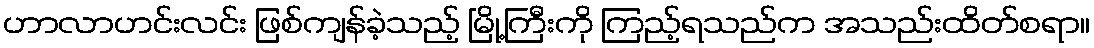
ဟာလာဟင်းလင်း ဖြစ်ကျန်ခဲ့သည့် မြို့ကြီးကို ကြည့်ရသည်က အသည်းထိတ်စရာ။